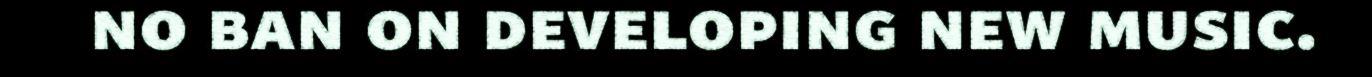
no ban on developing new music.